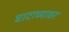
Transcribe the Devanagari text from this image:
घाटाच्यावर